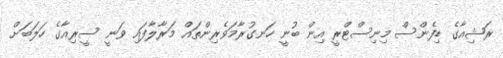
ރަޝިއާގެ ޑިފެންސް މިނިސްޓްރީ އިން ބުނީ ހަނގުރާމަވެރިންތައް މަރާލާފައި ވަނީ ސީރިއާގެ ހަލަބަށް